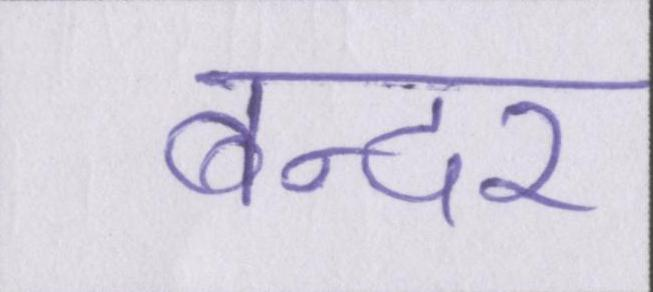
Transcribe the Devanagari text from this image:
बन्दर